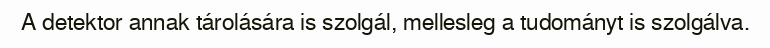
A detektor annak tárolására is szolgál, mellesleg a tudományt is szolgálva.